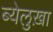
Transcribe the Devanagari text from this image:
ब्येलुख़ा